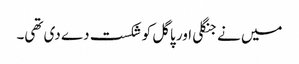
میں نے جنگلی اور پاگل کو شکست دے دی تھی۔